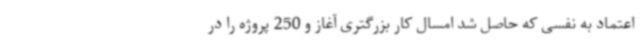
اعتماد به نفسی که حاصل شد امسال کار بزرگتری آغاز و 250 پروژه را در